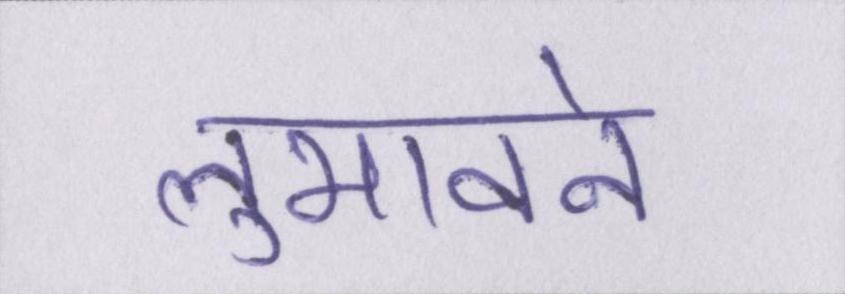
लुभावने